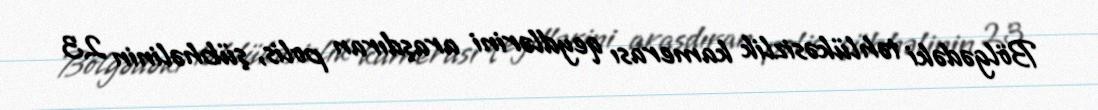
Bölgədəki təhlükəsizlik kamerası qeydlərini araşdıran polis, şübhəlinin 23